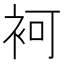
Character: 袔